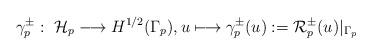
LaTeX: \begin{align*} \gamma_p^{\pm} : \ \mathcal{H}_p \longrightarrow H^{1/2}(\Gamma_p) , u \longmapsto \gamma_p^{\pm}(u) := \mathcal{R}^{\pm}_p(u)|_{\Gamma_p}\end{align*}